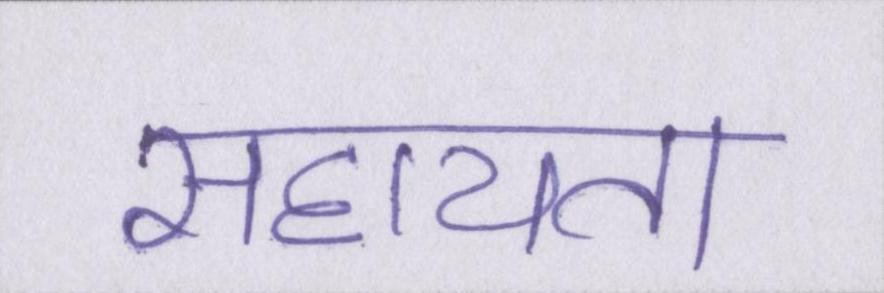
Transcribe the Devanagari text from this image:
सहायता